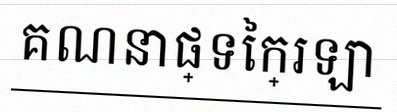
គណនាផ្ទៃក្រឡា